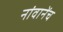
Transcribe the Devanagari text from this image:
नांवानेंच